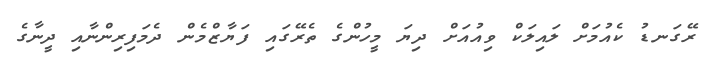
ރޭގަނޑު ކެއުމަށް ލައިލަކް ވިއުއަށް ދިޔަ މީހުންގެ ތެރޭގައި ފަޔާޒްމެން ދެމަފިރިންނާއި ދީނާގެ